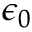
\epsilon _ { 0 }